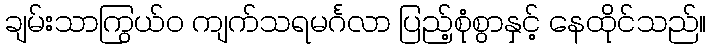
ချမ်းသာကြွယ်ဝ ကျက်သရမင်္ဂလာ ပြည့်စုံစွာနှင့် နေထိုင်သည်။